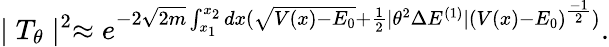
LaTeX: \mid T_{\theta}\mid^{2}\approx e^{-2\sqrt{2m}\int_{x_{1}}^{x_{2}}dx(\sqrt{V(x)-E_{0}}+\frac{1}{2}\mid\theta^{2}\Delta E^{(1)}\mid(V(x)-E_{0})^{\frac{-1}{2}})}.